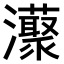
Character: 𤄓